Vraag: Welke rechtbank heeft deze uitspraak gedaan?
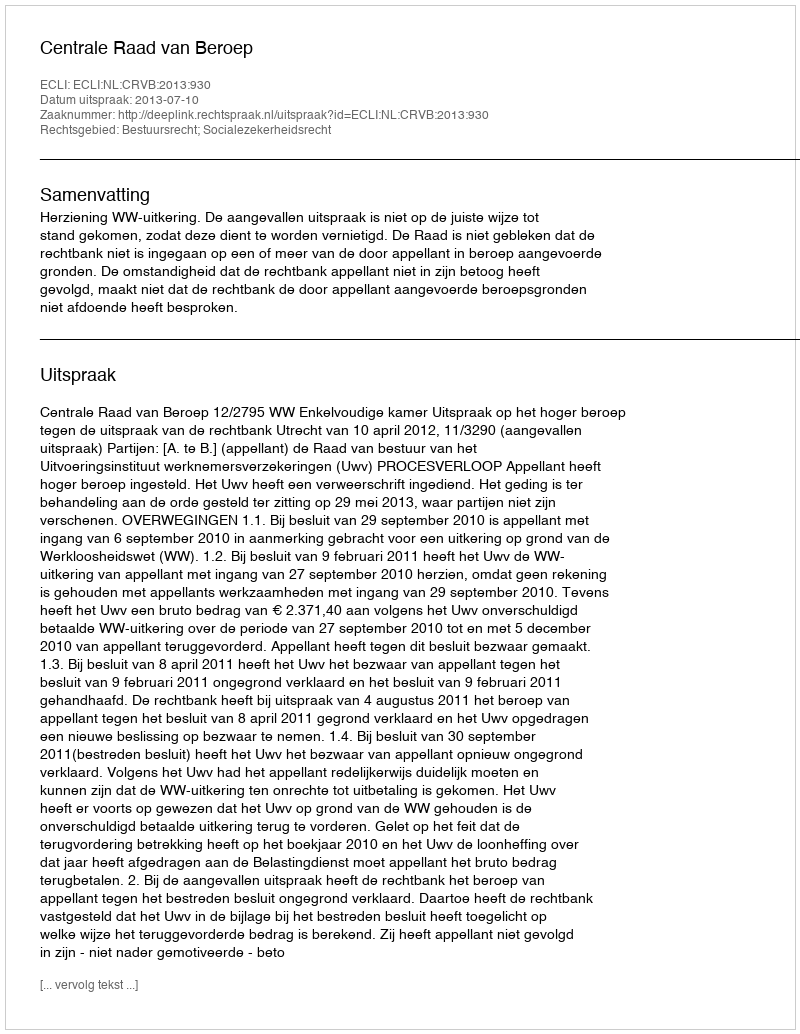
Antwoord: Centrale Raad van Beroep